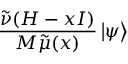
\frac { \tilde { \nu } ( H - x I ) } { M \tilde { \mu } ( x ) } \left| \psi \right\rangle